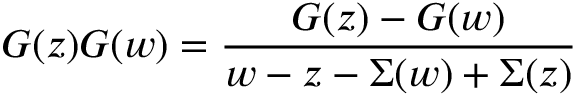
G ( z ) G ( w ) = { \frac { G ( z ) - G ( w ) } { w - z - \Sigma ( w ) + \Sigma ( z ) } }